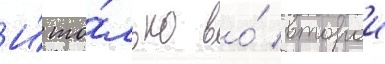
И́ то́лько во́ второи